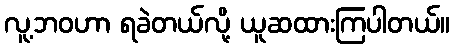
လူ့ဘဝဟာ ရခဲတယ်လို့ ယူဆထားကြပါတယ်။